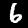
Label: 6